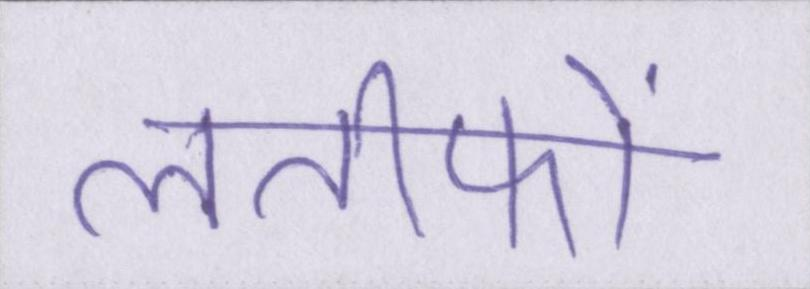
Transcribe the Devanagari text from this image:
लतीफों